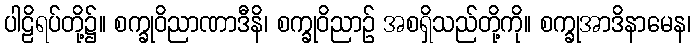
ပါဠိရပ်တို့၌။ စက္ခုဝိညာဏာဒီနိ၊ စက္ခုဝိညာဉ် အစရှိသည်တို့ကို။ စက္ခုအာဒိနာမေန၊